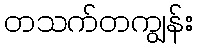
တသက်တကျွန်း